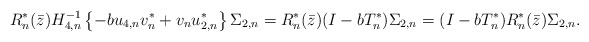
\begin{align*} R_n^*({\bar z}) H_{4,n}^{-1} \left\{ -b u_{4,n} v_n^* + v_n u_{2,n}^* \right\} \Sigma_{2,n} = R_n^*({\bar z}) (I-bT_n^*) \Sigma_{2,n} = (I-bT_n^*)R_n^*({\bar z}) \Sigma_{2,n}. \end{align*}